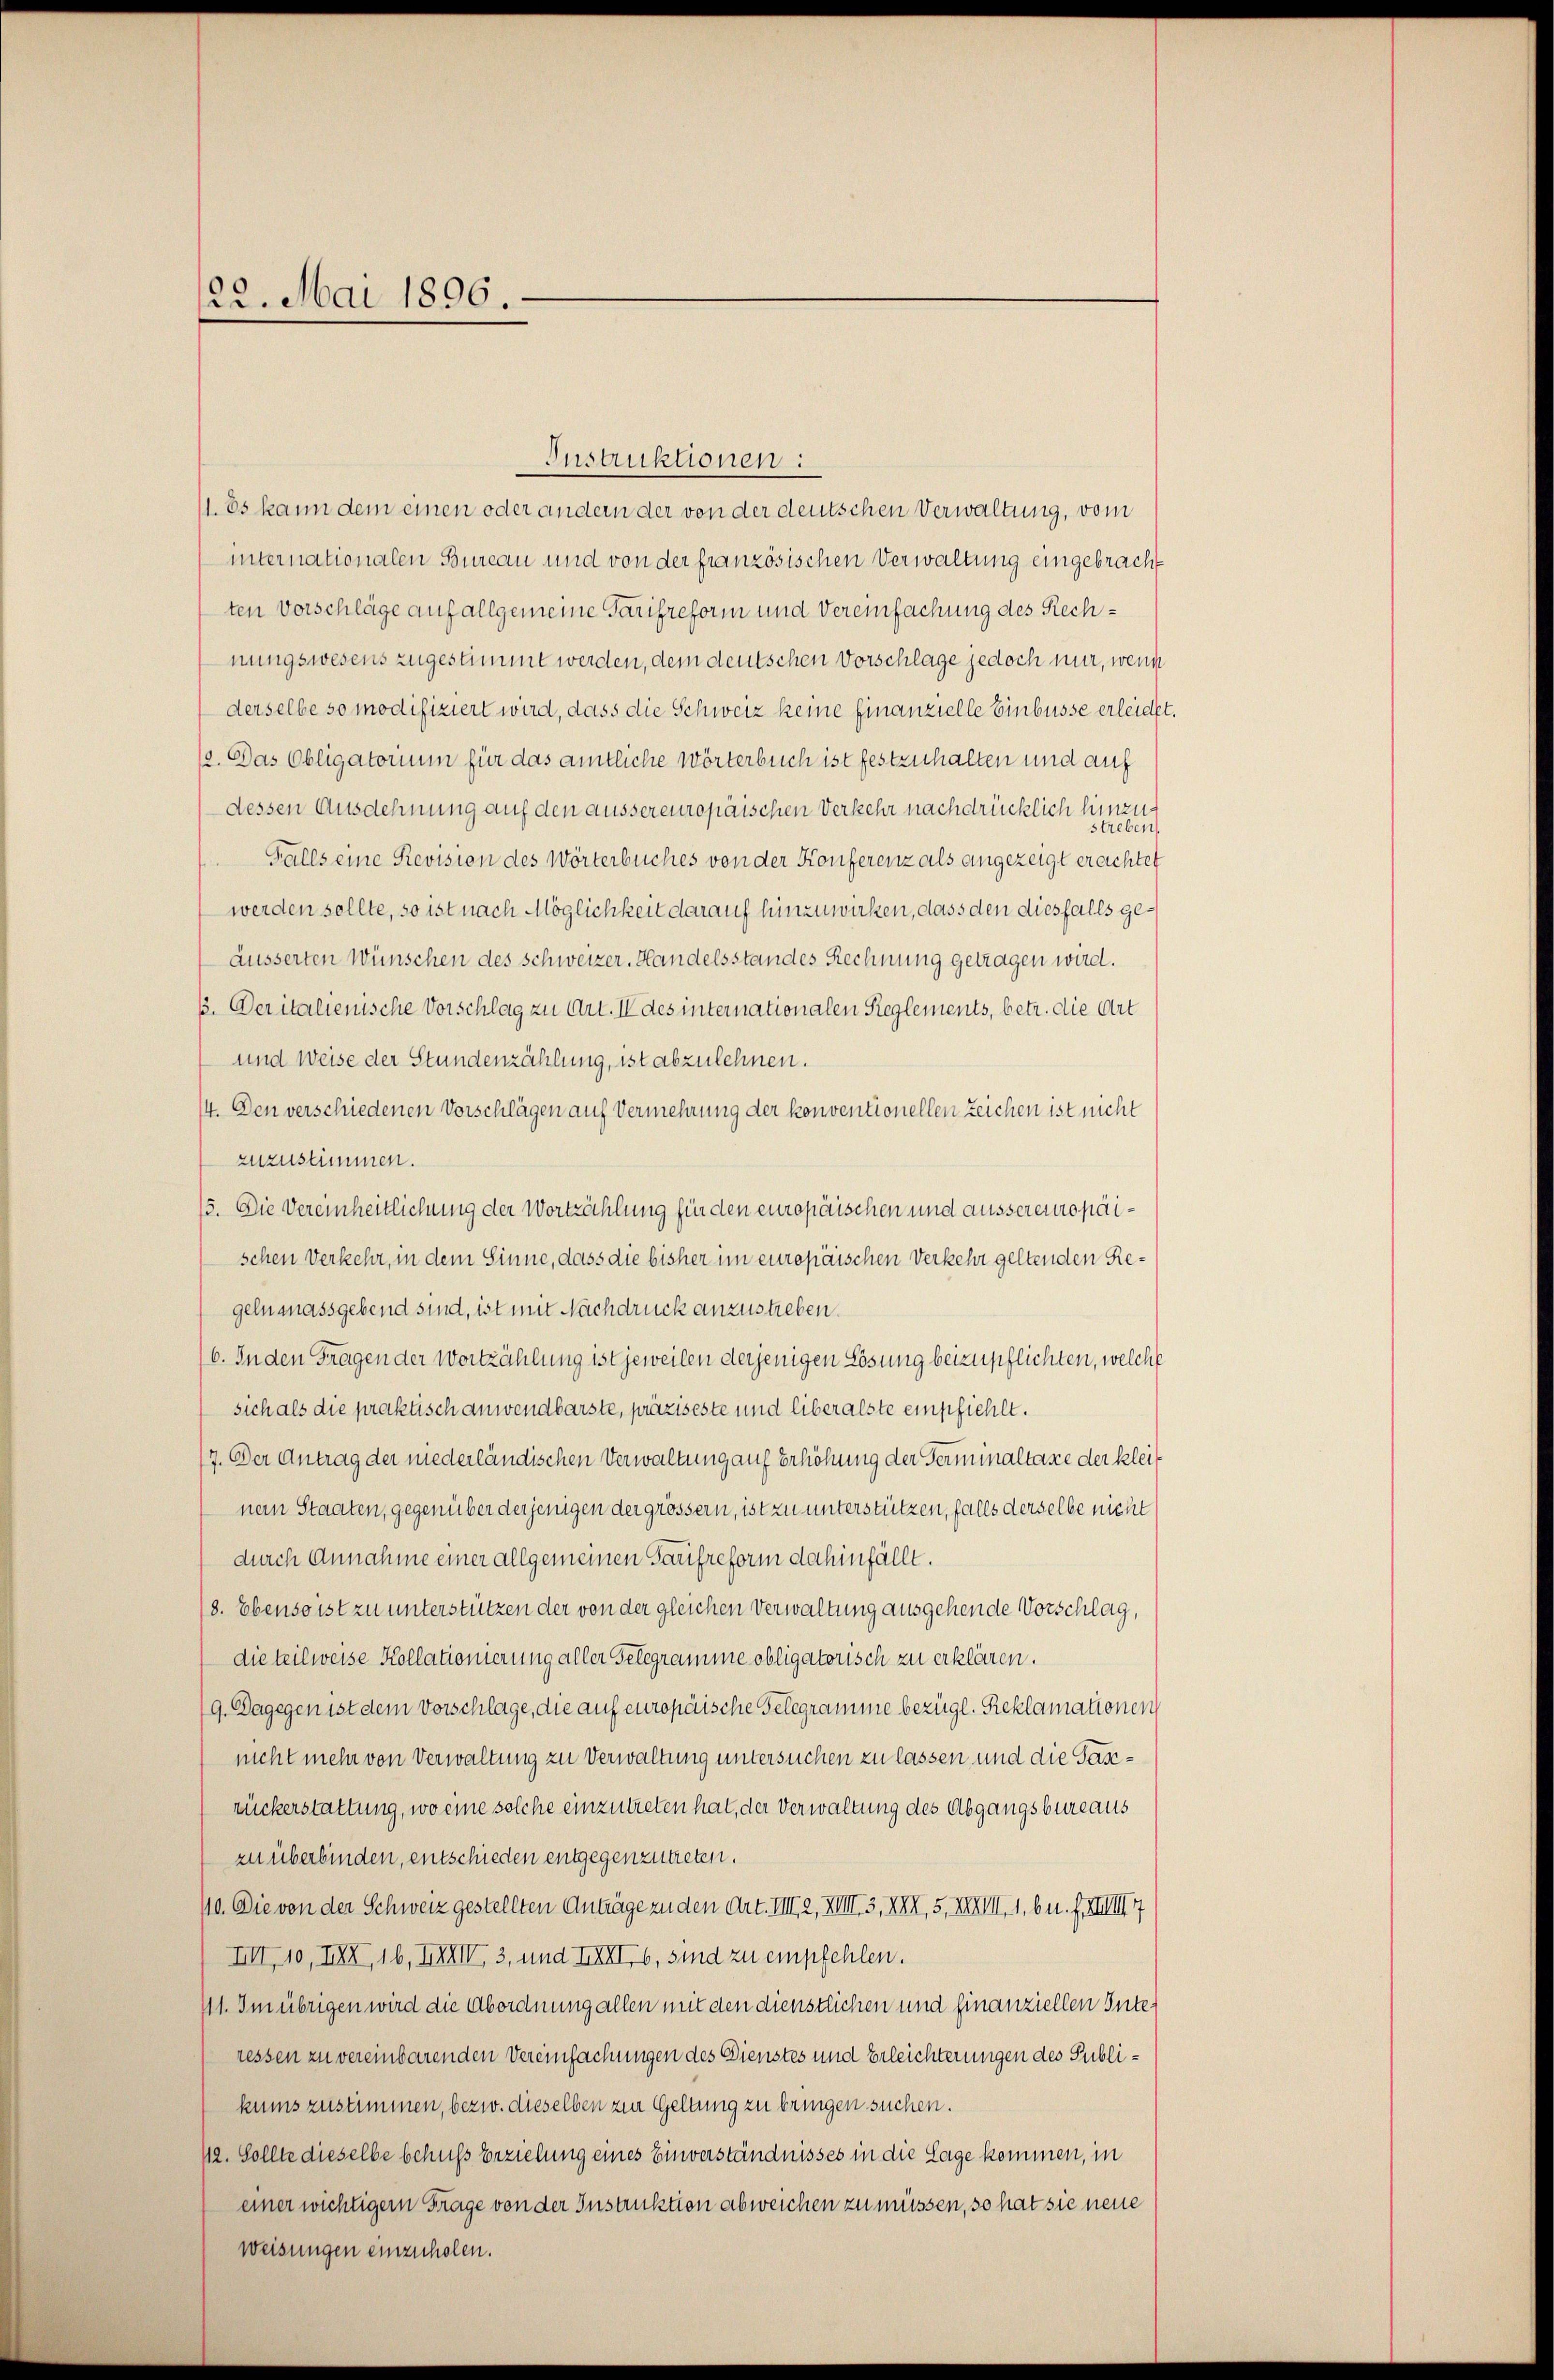
122. Mai 1896.

Instruktionen:
11. Es kann dem einen oder andern der von der deutschen Verwaltung, vom
internationalen Bureau und von der französischen Verwaltung eingebracht
ten Vorschläge auf allgemeine Tarifreform und Vereinfachung des Rechnungswesens zugestimmt werden, dem deutschen Vorschlage jedoch nur, wenn
derselbe so modifiziert wird, dass die Schweiz keine finanzielle Einbüsse erleidet
1o. Das Obligatorium für das amtliche Wörterbuch ist festzuhalten und auf
dessen Ausdehnung auf den aussereuropäischen Verkehr nachdrücklich hinzustreben
Falls eine Revision des Wörterbuches von der Konferenz als angezeigt erachtet
werden sollte, so ist nach Möglichkeit darauf hinzuwirken, dass den diesfalls geäusserten Wünschen des Schweizer. Handelsstandes Rechnung getragen wird.
33. Deritalienische Vorschlag zu Art. IV des internationalen Reglements, betr. die Art
und Weise der Stundenzählung, ist abzulehnen.
14. Den verschiedenen Vorschlägen auf Vermehrung der konventionellen Zeichen ist nicht
zuzustimmen.
15. Die Vereinheitlichung der Wortzählung für den europäischen und aussereuropaischen Verkehr, in dem Sinne, dass die bisher im europäischen Verkehr geltenden Regelnanassgebend sind, ist mit Nachdruck anzustreben.
6. In den Fragen der Wortzählung ist jeweilen derjenigen Lösung beizupflichten, welche
sich als die praktisch anwendbarste, präziseste und liberalste empfiehlt.
7. Der Antrag der niederländischen Verwaltung auf Erhöhung der Terminaltaxe der kleinem Staaten, gegenüber derjenigen der grössern, ist zu unterstützen, falls derselbe nicht
durch Annahme einer allgemeinen Taufreform dahinfällt.
/8. Ebenso ist zu unterstützen der von der gleichen Verwaltung ausgehende Vorschlag,
die teilweise Kollationierung aller Gelegramme obligatorisch zu erklären.
9. Dagegen ist dem Vorschlage, die auf europäische Gelegramme bezügl. Reklamationen
nicht mehr von Verwaltung zu Verwaltung untersuchen zu lassen und die Paszuckerstattung, wo eine solche einzutreten hat, der Verwaltung des Abgangsbureaus
zu überbinden, entschieden entgegenzutreten.
40. Die von der Schweiz gestellten Anträge zu den Art. VIII 2, XVIII. 3, XXII, 5, XXXIII. 1. b u. F. XIII 7
III10, IXX, 16, XXXIV, 3, und XXII b, sind zu empfehlen.
41. Im übrigen wird die Abordnung allen mit den dienstlichen und finanziellen Interessen zu vereinbarenden Vereinfachungen des Dienstes und Erleichterungen des Publikums zustimmen, bezw. dieselben zur Geltung zu bringen suchen.
12. Sollte dieselbe behufs Beziehung eines Einverständnisses in die Lage kommen, in
einer wichtigem Frage von der Instruktion abweichen zu müssen, so hat sie neue
weisungen einzuholen.